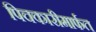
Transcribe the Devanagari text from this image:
पिचकारीमार्फत